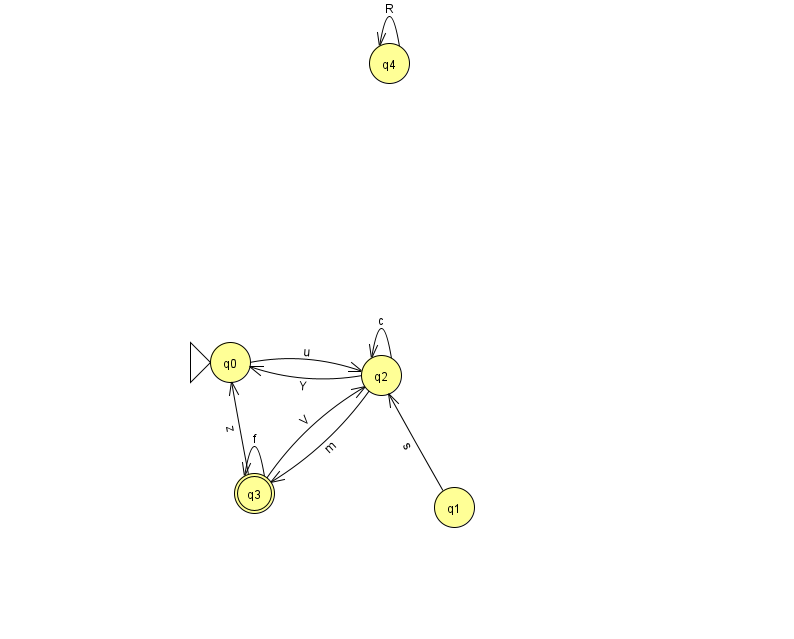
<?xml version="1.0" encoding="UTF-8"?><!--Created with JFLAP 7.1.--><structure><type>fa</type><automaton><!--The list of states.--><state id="0" name="q0"><x>230.0</x><y>349.0</y><initial/></state><state id="1" name="q1"><x>454.0</x><y>494.0</y></state><state id="2" name="q2"><x>381.0</x><y>362.0</y></state><state id="3" name="q3"><x>254.0</x><y>480.0</y><final/></state><state id="4" name="q4"><x>389.0</x><y>50.0</y></state><!--The list of transitions.--><transition><from>3</from><to>0</to><read>z</read></transition><transition><from>4</from><to>4</to><read>R</read></transition><transition><from>0</from><to>2</to><read>u</read></transition><transition><from>2</from><to>2</to><read>c</read></transition><transition><from>2</from><to>3</to><read>m</read></transition><transition><from>3</from><to>3</to><read>f</read></transition><transition><from>3</from><to>2</to><read>V</read></transition><transition><from>1</from><to>2</to><read>s</read></transition><transition><from>2</from><to>0</to><read>Y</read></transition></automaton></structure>